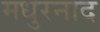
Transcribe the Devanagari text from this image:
मधुरनाद